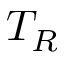
T _ { R }